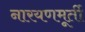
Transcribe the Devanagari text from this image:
नारयणमूर्ती